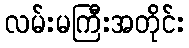
လမ်းမကြီးအတိုင်း